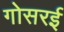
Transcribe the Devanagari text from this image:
गोसरई